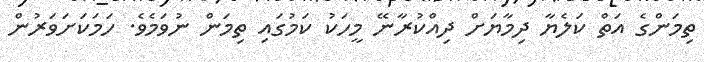
ތިމަންގެ އަތް ކަލެޔާ ދިމާޔަށް ދިއްކުރާނޭ މީހަކު ކަމުގައި ތިމަން ނުވަމެވެ. ހަމަކަށަވަރުން